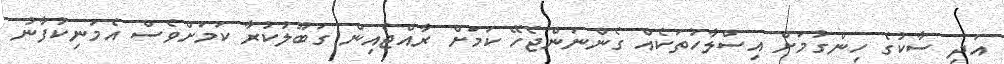
އަދި ސާކުގެ ހިންގުމަށް އިސްލާހުތަކެއް ގެންނަންޖެހޭ ކަމަށް ރާއްޖެއިން ގަބޫލުކުރާ ކަމަށްވެސް އެމަނިކުފާނު